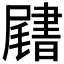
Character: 𡳩